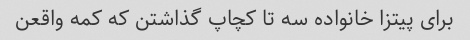
برای پیتزا خانواده سه تا کچاپ گذاشتن که کمه واقعن